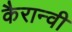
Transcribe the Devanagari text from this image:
कैरान्वी